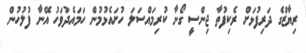
ރިޔާޒްގެ ދަރިފުޅަށް ރެކިފުތާ ޖިންސީ ގޯނާ ކުރިމައްސަލަ ހުށައެޅުމުން ހަމައެދުވަހު އޭނާ ފުލުހުން